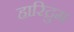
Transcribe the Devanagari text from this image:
हारिद्रुम